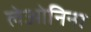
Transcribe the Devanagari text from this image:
लेओनिना